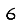
Digit: 6